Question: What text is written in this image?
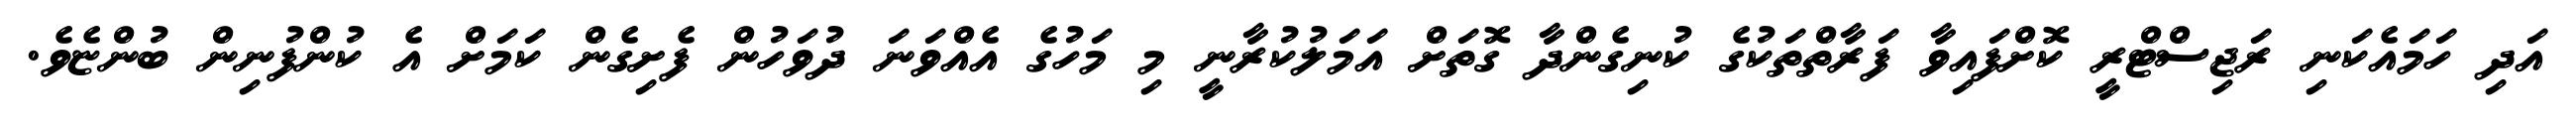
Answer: އަދި ހަމައެކަނި ރަޖިސްޓްރީ ކޮށްފައިވާ ފަރާތްތަކުގެ ކުނިގެންދާ ގޮތަށް އަމަލުކުރާނީ މި މަހުގެ އެއްވަނަ ދުވަހުން ފެށިގެން ކަމަށް އެ ކުންފުނިން ބުންޏެވެ.